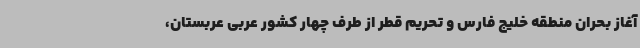
آغاز بحران منطقه خلیج فارس و تحریم قطر از طرف چهار کشور عربی عربستان،